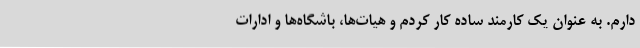
دارم. به عنوان یک کارمند ساده کار کردم و هیات‌ها، باشگاه‌ها و ادارات